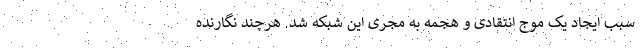
سبب ایجاد یک موج انتقادی و هجمه به مجری این شبکه شد. هرچند نگارنده